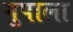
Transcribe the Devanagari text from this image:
गुपाला